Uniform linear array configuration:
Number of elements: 64
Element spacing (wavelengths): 1
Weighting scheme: hamming
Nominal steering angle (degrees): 45
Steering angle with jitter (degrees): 43.665
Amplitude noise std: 0.05
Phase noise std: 0.05

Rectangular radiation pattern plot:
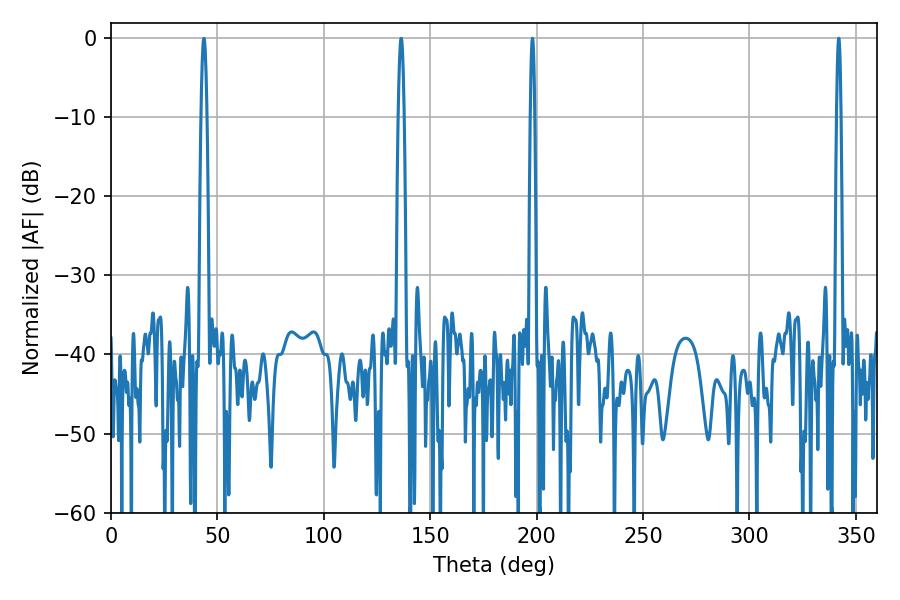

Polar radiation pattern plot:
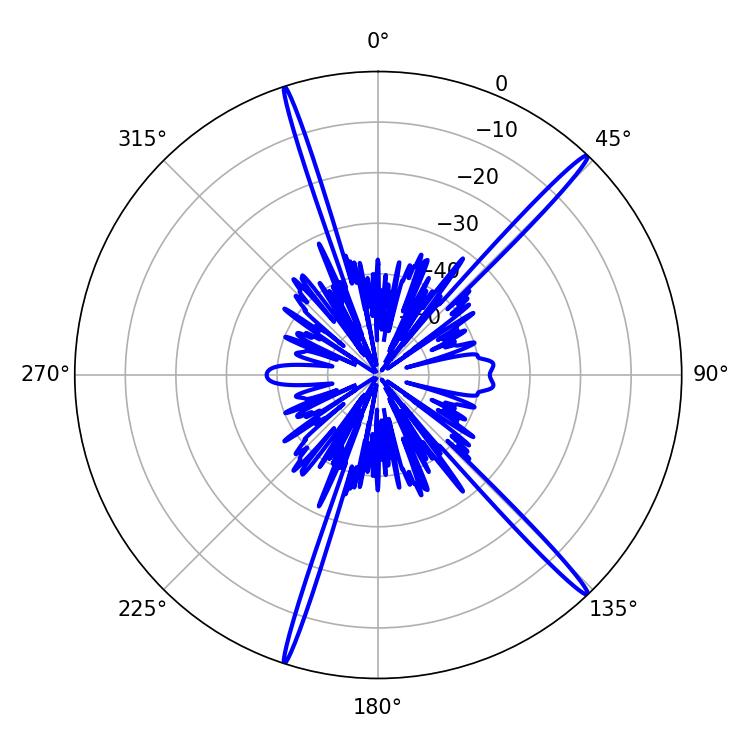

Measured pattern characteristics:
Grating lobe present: TRUE
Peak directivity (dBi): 18.651
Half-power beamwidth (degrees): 1.08
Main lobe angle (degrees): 342